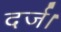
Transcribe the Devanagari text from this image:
दर्ज।